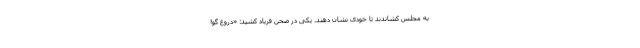
به مجلس کشاندند تا خودی نشان دهند. یکی در صحن فریاد کشید: «دروغ گو!